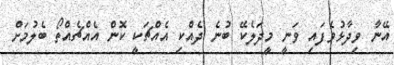
އޭނާ ވިދާޅުވެފައި ވަނީ މީދަލެކޭ ބުނެ ދެއްކި އެއްޗަކީ ކޮން އެއްޗެއްތޯ ބެލުމަށް